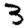
Digit: 3